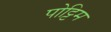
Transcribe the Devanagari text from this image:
पोट्टिम